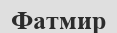
Фатмир